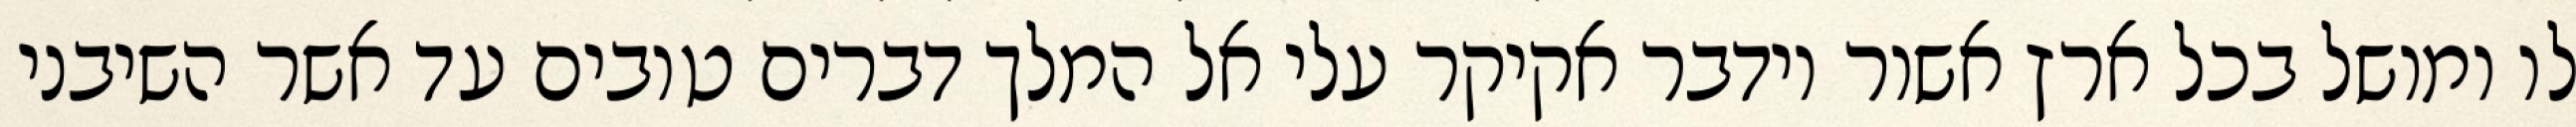
לו ומושל בכל ארץ אשור וידבר אקיקר עלי אל המלך דברים טובים עד אשר השיבני